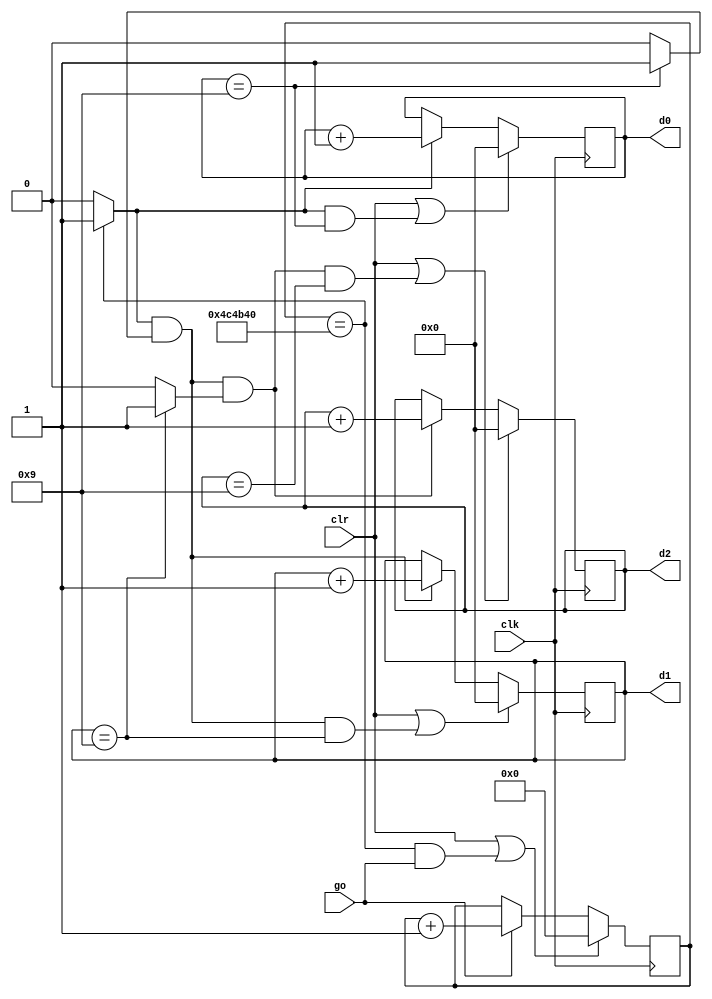
//Listing 4.17
//Chapter 4
//Page 107
//Copyright 2008

module stop_watch_cascade
    (
     input wire clk,
     input wire go, clr,
     output wire [3:0] d2, d1, d0
    );
    
    // declaration
    localparam DVSR = 5_000_000;          // 5e6
    reg [22:0] ms_reg;
    wire [22:0] ms_next;
    reg [3:0] d2_reg, d1_reg, d0_reg;
    wire [3:0] d2_next, d1_next, d0_next;
    wire d1_en, d2_en, d0_en;
    wire ms_tick, d0_tick, d1_tick;
    
    // body
    // register
    always @(posedge clk)
    begin
        ms_reg <= ms_next;
        d2_reg <= d2_next;
        d1_reg <= d1_next;
        d0_reg <= d0_next;
    end
    
    // next-state logic
    // 0.1 sec tick generator : mod-5_000_000
    assign ms_next = (clr || (ms_reg == DVSR && go)) ? 4'b0 :
                     (go) ?  ms_reg + 1  :
                             ms_reg;
    assign ms_tick = (ms_reg == DVSR) ? 1'b1 : 1'b0;
    
    // 0.1 sec counter
    assign d0_en = ms_tick;
    assign d0_next = (clr || (d0_en && d0_reg == 9)) ? 4'b0 :
                     (d0_en) ? d0_reg + 1 :
                               d0_reg;
    assign d0_tick = (d0_reg == 9) ? 1'b1: 1'b0;
    
    // 1 sec counter
    assign d1_en = ms_tick & d0_tick;
    assign d1_next = (clr || (d1_en && d1_reg == 9)) ? 4'b0 :
                     (d1_en) ? d1_reg + 1 :
                               d1_reg;
    assign d1_tick = (d1_reg == 9) ? 1'b1 : 1'b0;
    
    // 10 sec counter
    assign d2_en = ms_tick & d0_tick & d1_tick;
    assign d2_next = (clr || (d2_en && d2_reg == 9)) ? 4'b0 :
                     (d2_en) ? d2_reg + 1 :
                               d2_reg;
    
    // output logic
    assign d0 = d0_reg;
    assign d1 = d1_reg;
    assign d2 = d2_reg;
    
endmodule           // stop_watch_cascade